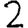
Digit: 2